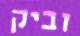
וביק